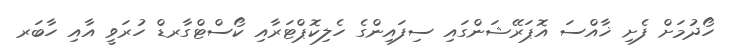
ހޯދުމަށް ފެށި ޚާއްސަ އޮޕަރޭޝަންގައި ސިފައިންގެ ހެލިކޮޕްޓަރާއި ކޯސްޓްގާރޑް ހުރަވީ އާއި ހާބަރ